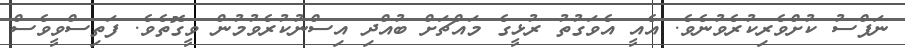
ނަފްސު ކުށްވެރިކުރެވުނެވެ. އެއީ އެވަގުތު ރުޅީގެ މައްޗަށް ބުއްދި އިސްނުކުރެވުމުން ވީގޮތެވެ. ފަތިސްވީވެސް